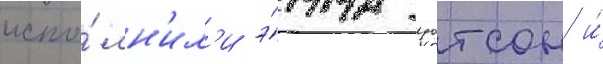
испо́лн'ил'и э́мма уотсон и́